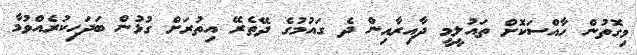
މިގޮތުން ހާއްސަކޮށް ތައުލީމީ ދާއިރާއިން ދެ ގައުމުގެ ދޭތެރޭ އިތުރަށް ގުޅުން ބަދަހިކުރެއްވުމާ